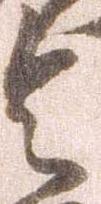
令